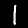
Digit: 1